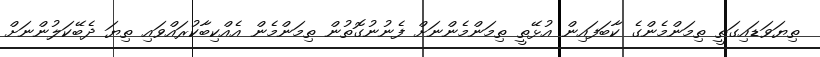
ތިޔަވަޑައިގަތީ ތިމަންމެންގެ ކާބަފައިން އުޅޭތީ ތިމަންމެންނަށް ފެނުނުގޮތުން ތިމަންމެން އެއްކިބާކުރައްވައި ތިޔަ ދެބޭކަލުންނަށް